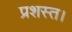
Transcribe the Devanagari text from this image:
प्रशस्त।